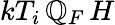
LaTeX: kT_{i}\, \mathbb{Q}_{F}\, H